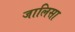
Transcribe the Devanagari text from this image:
जालिसा